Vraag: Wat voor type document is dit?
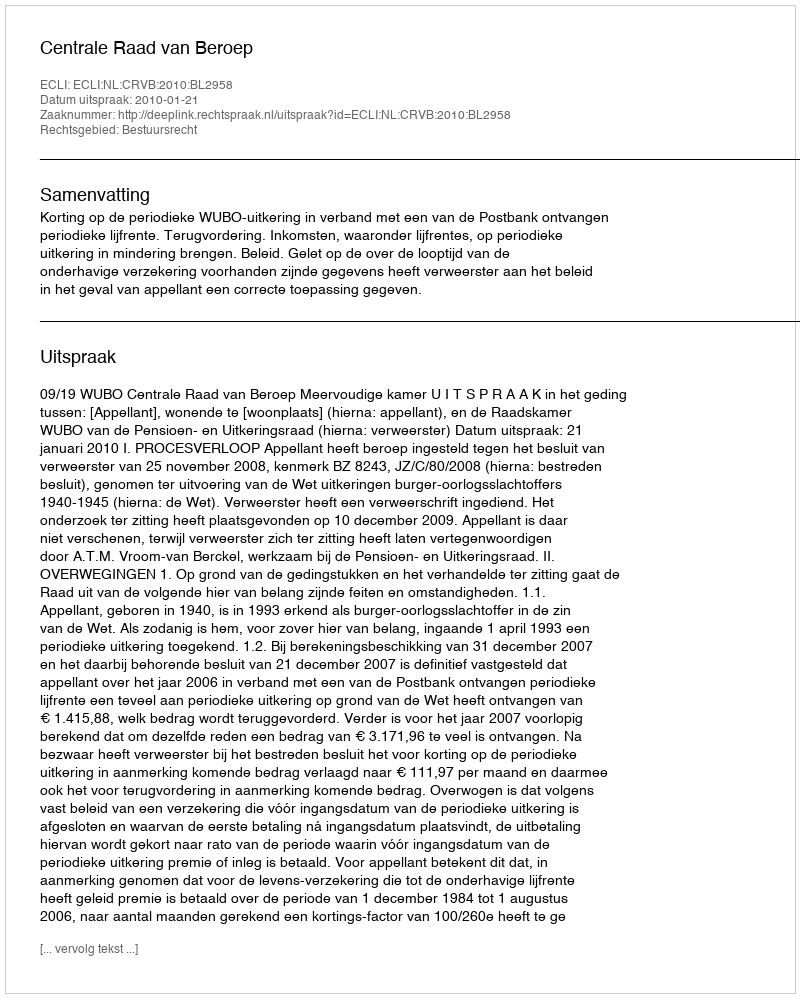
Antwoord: Uitspraak